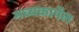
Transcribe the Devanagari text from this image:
मध्यकार्पेल